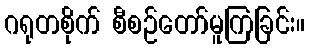
ဂရုတစိုက် စီစဉ်တော်မူကြခြင်း။